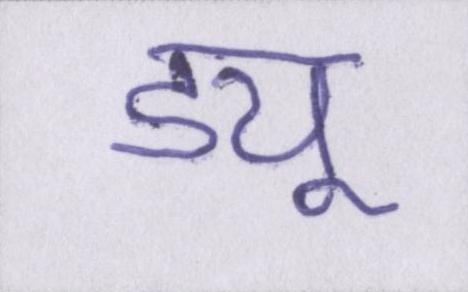
ड्यू